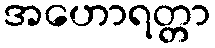
အဟောရတ္တာ